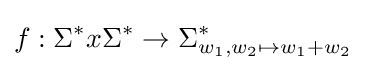
f:\Sigma ^{*}x\Sigma ^{*}\to \Sigma _{w_{1},w_{2}\mapsto {w_{1}+w_{2}}}^{*}